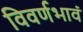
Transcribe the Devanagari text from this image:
विवर्णभावं